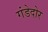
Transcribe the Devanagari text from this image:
गंडेदोर